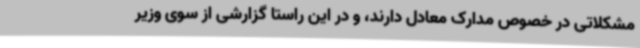
مشکلاتی در خصوص مدارک معادل دارند، و در این راستا گزارشی از سوی وزیر